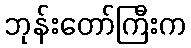
ဘုန်းတော်ကြီးက